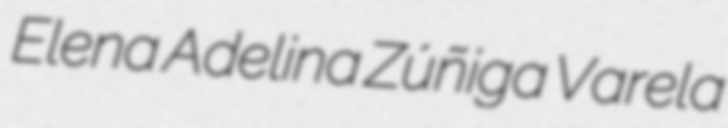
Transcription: Elena Adelina Zúñiga Varela